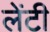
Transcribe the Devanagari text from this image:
लेंटी